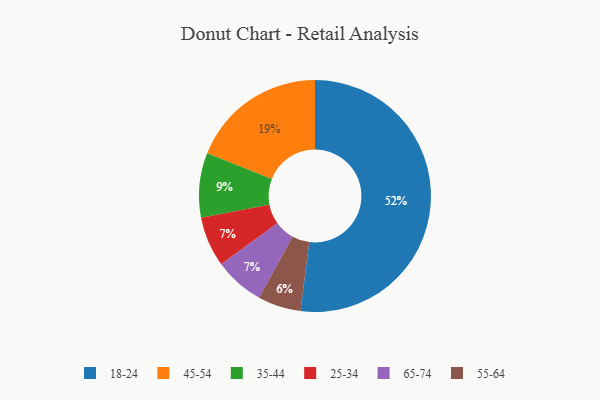
{"axis": {"x": "Category", "y": "Percentage"}, "legend": ["18-24", "25-34", "35-44", "45-54", "55-64", "65-74"], "data": [{"x": "45-54", "y": 19, "type": "45-54"}, {"x": "25-34", "y": 7, "type": "25-34"}, {"x": "18-24", "y": 52, "type": "18-24"}, {"x": "55-64", "y": 6, "type": "55-64"}, {"x": "65-74", "y": 7, "type": "65-74"}, {"x": "35-44", "y": 9, "type": "35-44"}]}